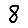
Digit: 8